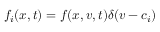
f _ { i } ( x , t ) = f ( x , v , t ) \delta ( v - c _ { i } )